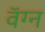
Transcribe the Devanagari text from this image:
वॅग्न